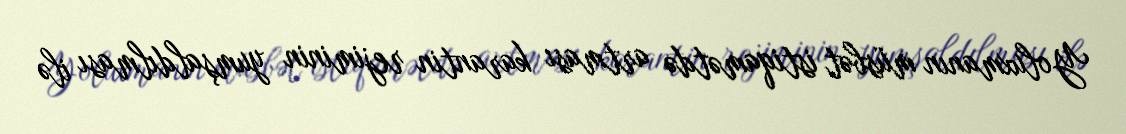
Yoluxmanın müsbət istiqamətdə artması karantin rejiminin yumşaldılması ilə